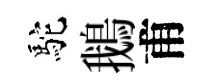
駝鵝甫